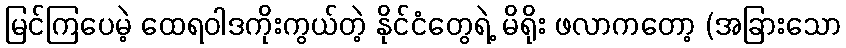
မြင်ကြပေမဲ့ ထေရဝါဒကိုးကွယ်တဲ့ နိုင်ငံတွေရဲ့ မိရိုး ဖလာကတော့ (အခြားသော